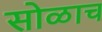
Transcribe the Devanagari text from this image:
सोळाच